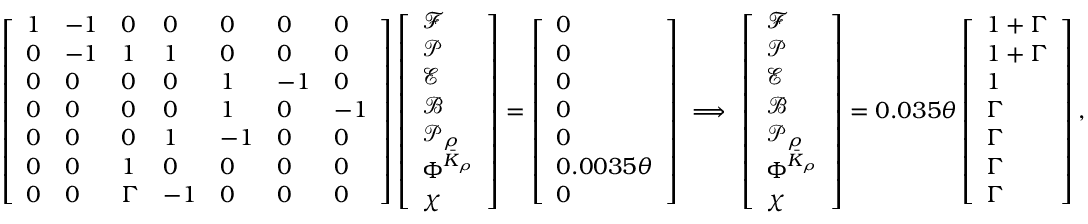
\left[ \begin{array} { l l l l l l l } { 1 } & { - 1 } & { 0 } & { 0 } & { 0 } & { 0 } & { 0 } \\ { 0 } & { - 1 } & { 1 } & { 1 } & { 0 } & { 0 } & { 0 } \\ { 0 } & { 0 } & { 0 } & { 0 } & { 1 } & { - 1 } & { 0 } \\ { 0 } & { 0 } & { 0 } & { 0 } & { 1 } & { 0 } & { - 1 } \\ { 0 } & { 0 } & { 0 } & { 1 } & { - 1 } & { 0 } & { 0 } \\ { 0 } & { 0 } & { 1 } & { 0 } & { 0 } & { 0 } & { 0 } \\ { 0 } & { 0 } & { \Gamma } & { - 1 } & { 0 } & { 0 } & { 0 } \end{array} \right] \left[ \begin{array} { l } { \mathcal { F } } \\ { \mathcal { P } } \\ { \mathcal { E } } \\ { \mathcal { B } } \\ { \mathcal { P } _ { \rho } } \\ { \Phi ^ { \bar { K } _ { \rho } } } \\ { \chi } \end{array} \right] = \left[ \begin{array} { l } { 0 } \\ { 0 } \\ { 0 } \\ { 0 } \\ { 0 } \\ { 0 . 0 0 3 5 \theta } \\ { 0 } \end{array} \right] \ \Longrightarrow \ \left[ \begin{array} { l } { \mathcal { F } } \\ { \mathcal { P } } \\ { \mathcal { E } } \\ { \mathcal { B } } \\ { \mathcal { P } _ { \rho } } \\ { \Phi ^ { \bar { K } _ { \rho } } } \\ { \chi } \end{array} \right] = 0 . 0 3 5 \theta \left[ \begin{array} { l } { 1 + \Gamma } \\ { 1 + \Gamma } \\ { 1 } \\ { \Gamma } \\ { \Gamma } \\ { \Gamma } \\ { \Gamma } \end{array} \right] ,